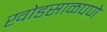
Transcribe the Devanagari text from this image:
खोडसाळपणे